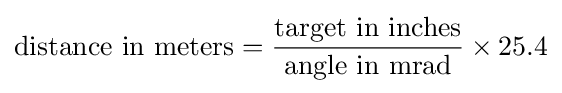
{\text{distance in meters}}={\frac {\text{target in inches}}{\text{angle in mrad}}}\times 25.4